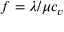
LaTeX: f = \lambda / \mu c _ { v }